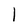
Character: 1